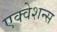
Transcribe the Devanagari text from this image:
एक्वेशन्स